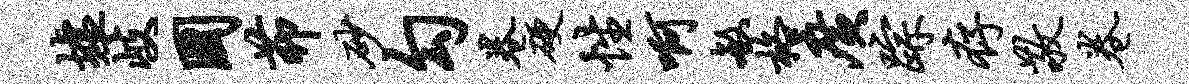
墟岐国茆砂勾卷硬性啊敏格广踪存敬卷